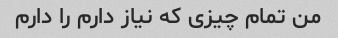
من تمام چیزی که نیاز دارم را دارم